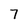
Character: 7